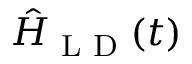
\hat { H } _ { \textrm { L D } } ( t )